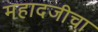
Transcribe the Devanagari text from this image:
महादजीचा